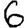
Digit: 6